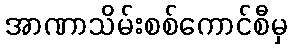
အာဏာသိမ်းစစ်ကောင်စီမှ